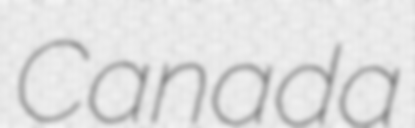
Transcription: Canada